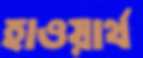
হাওয়ার্থ